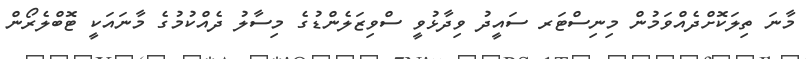
މާނަ ތިލަކޮށްދެއްވަމުން މިނިސްޓަރ ސައީދު ވިދާޅުވީ ސްވިޒަލެންޑުގެ މިސާލު ދެއްކުމުގެ މާނައަކީ ޓޮބްލެރޯން